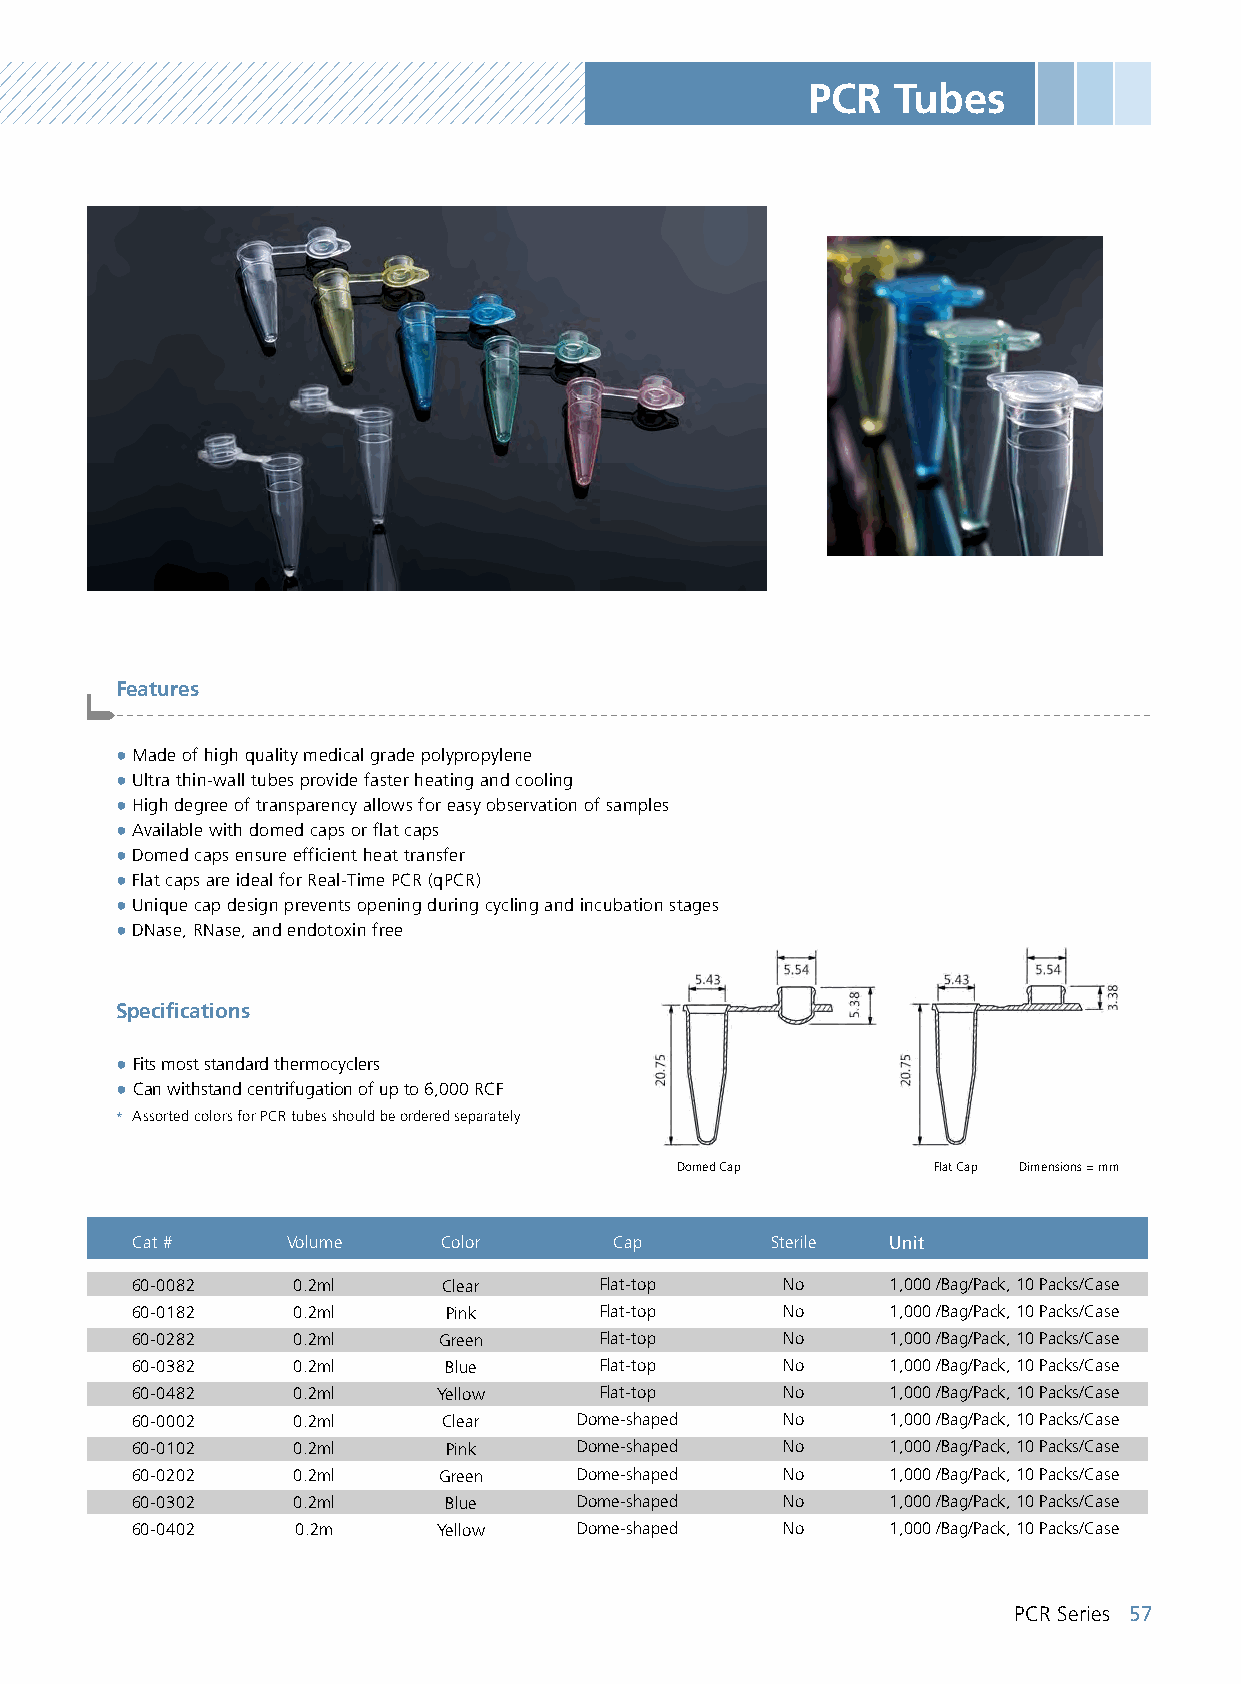
PCR   Tubes
 Features
 -------------------------------------------------------------------------------------------------------
 ●Made of high quality medical grade polypropylene
 ●Ultra thin-wall tubes provide faster heating and cooling
 ●High degree of transparency allows for easy observation of samples
 ●Available with domed caps or flat caps
 ●Domed caps ensure efficient heat transfer
 ●Flat caps are ideal for Real-Time PCR (qPCR)
 ●Unique cap design prevents opening during cycling and incubation stages
 ●DNase, RNase, and endotoxin free
 Specifications
 ● Fits most standard thermocyclers
 ● Can withstand centrifugation of up to 6,000 RCF
 * Assorted colors for PCR tubes should be ordered separately
 Domed Cap        Flat Cap Dimensions = mm
 Cat #     Volume    Color       Cap       Sterile Unit
 60-0082   0.2ml     Clear      Flat-top    No     1,000 /Bag/Pack, 10 Packs/Case
 60-0182   0.2ml     Pink       Flat-top    No     1,000 /Bag/Pack, 10 Packs/Case
 60-0282   0.2ml     Green      Flat-top    No     1,000 /Bag/Pack, 10 Packs/Case
 60-0382   0.2ml     Blue       Flat-top    No     1,000 /Bag/Pack, 10 Packs/Case
 60-0482   0.2ml     Yellow     Flat-top    No     1,000 /Bag/Pack, 10 Packs/Case
 60-0002   0.2ml     Clear    Dome-shaped   No     1,000 /Bag/Pack, 10 Packs/Case
 60-0102   0.2ml     Pink     Dome-shaped   No     1,000 /Bag/Pack, 10 Packs/Case
 60-0202   0.2ml     Green    Dome-shaped   No     1,000 /Bag/Pack, 10 Packs/Case
 60-0302   0.2ml     Blue     Dome-shaped   No     1,000 /Bag/Pack, 10 Packs/Case
 60-0402    0.2m     Yellow   Dome-shaped   No     1,000 /Bag/Pack, 10 Packs/Case
 PCR Series 57